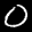
Label: 0